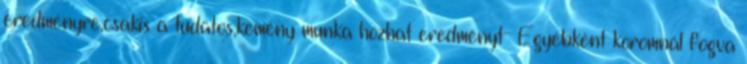
eredményre,csakis a tudatos,kemény munka hozhat eredményt- Egyébként koromnál fogva